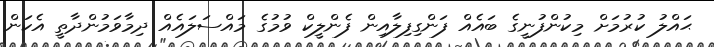
ޙައްލު ކުރުމަށް މިކުންފުނީގެ ބައެއް ފަންގިފިލާއިން ފެންލީކް ވުމުގެ މައްސަލައެއް ދިމާވަމުންދާތީ އެކަން